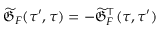
\widetilde { \mathfrak { G } } _ { F } ( \tau ^ { \prime } , \tau ) = - \widetilde { \mathfrak { G } } _ { F } ^ { \intercal } ( \tau , \tau ^ { \prime } )